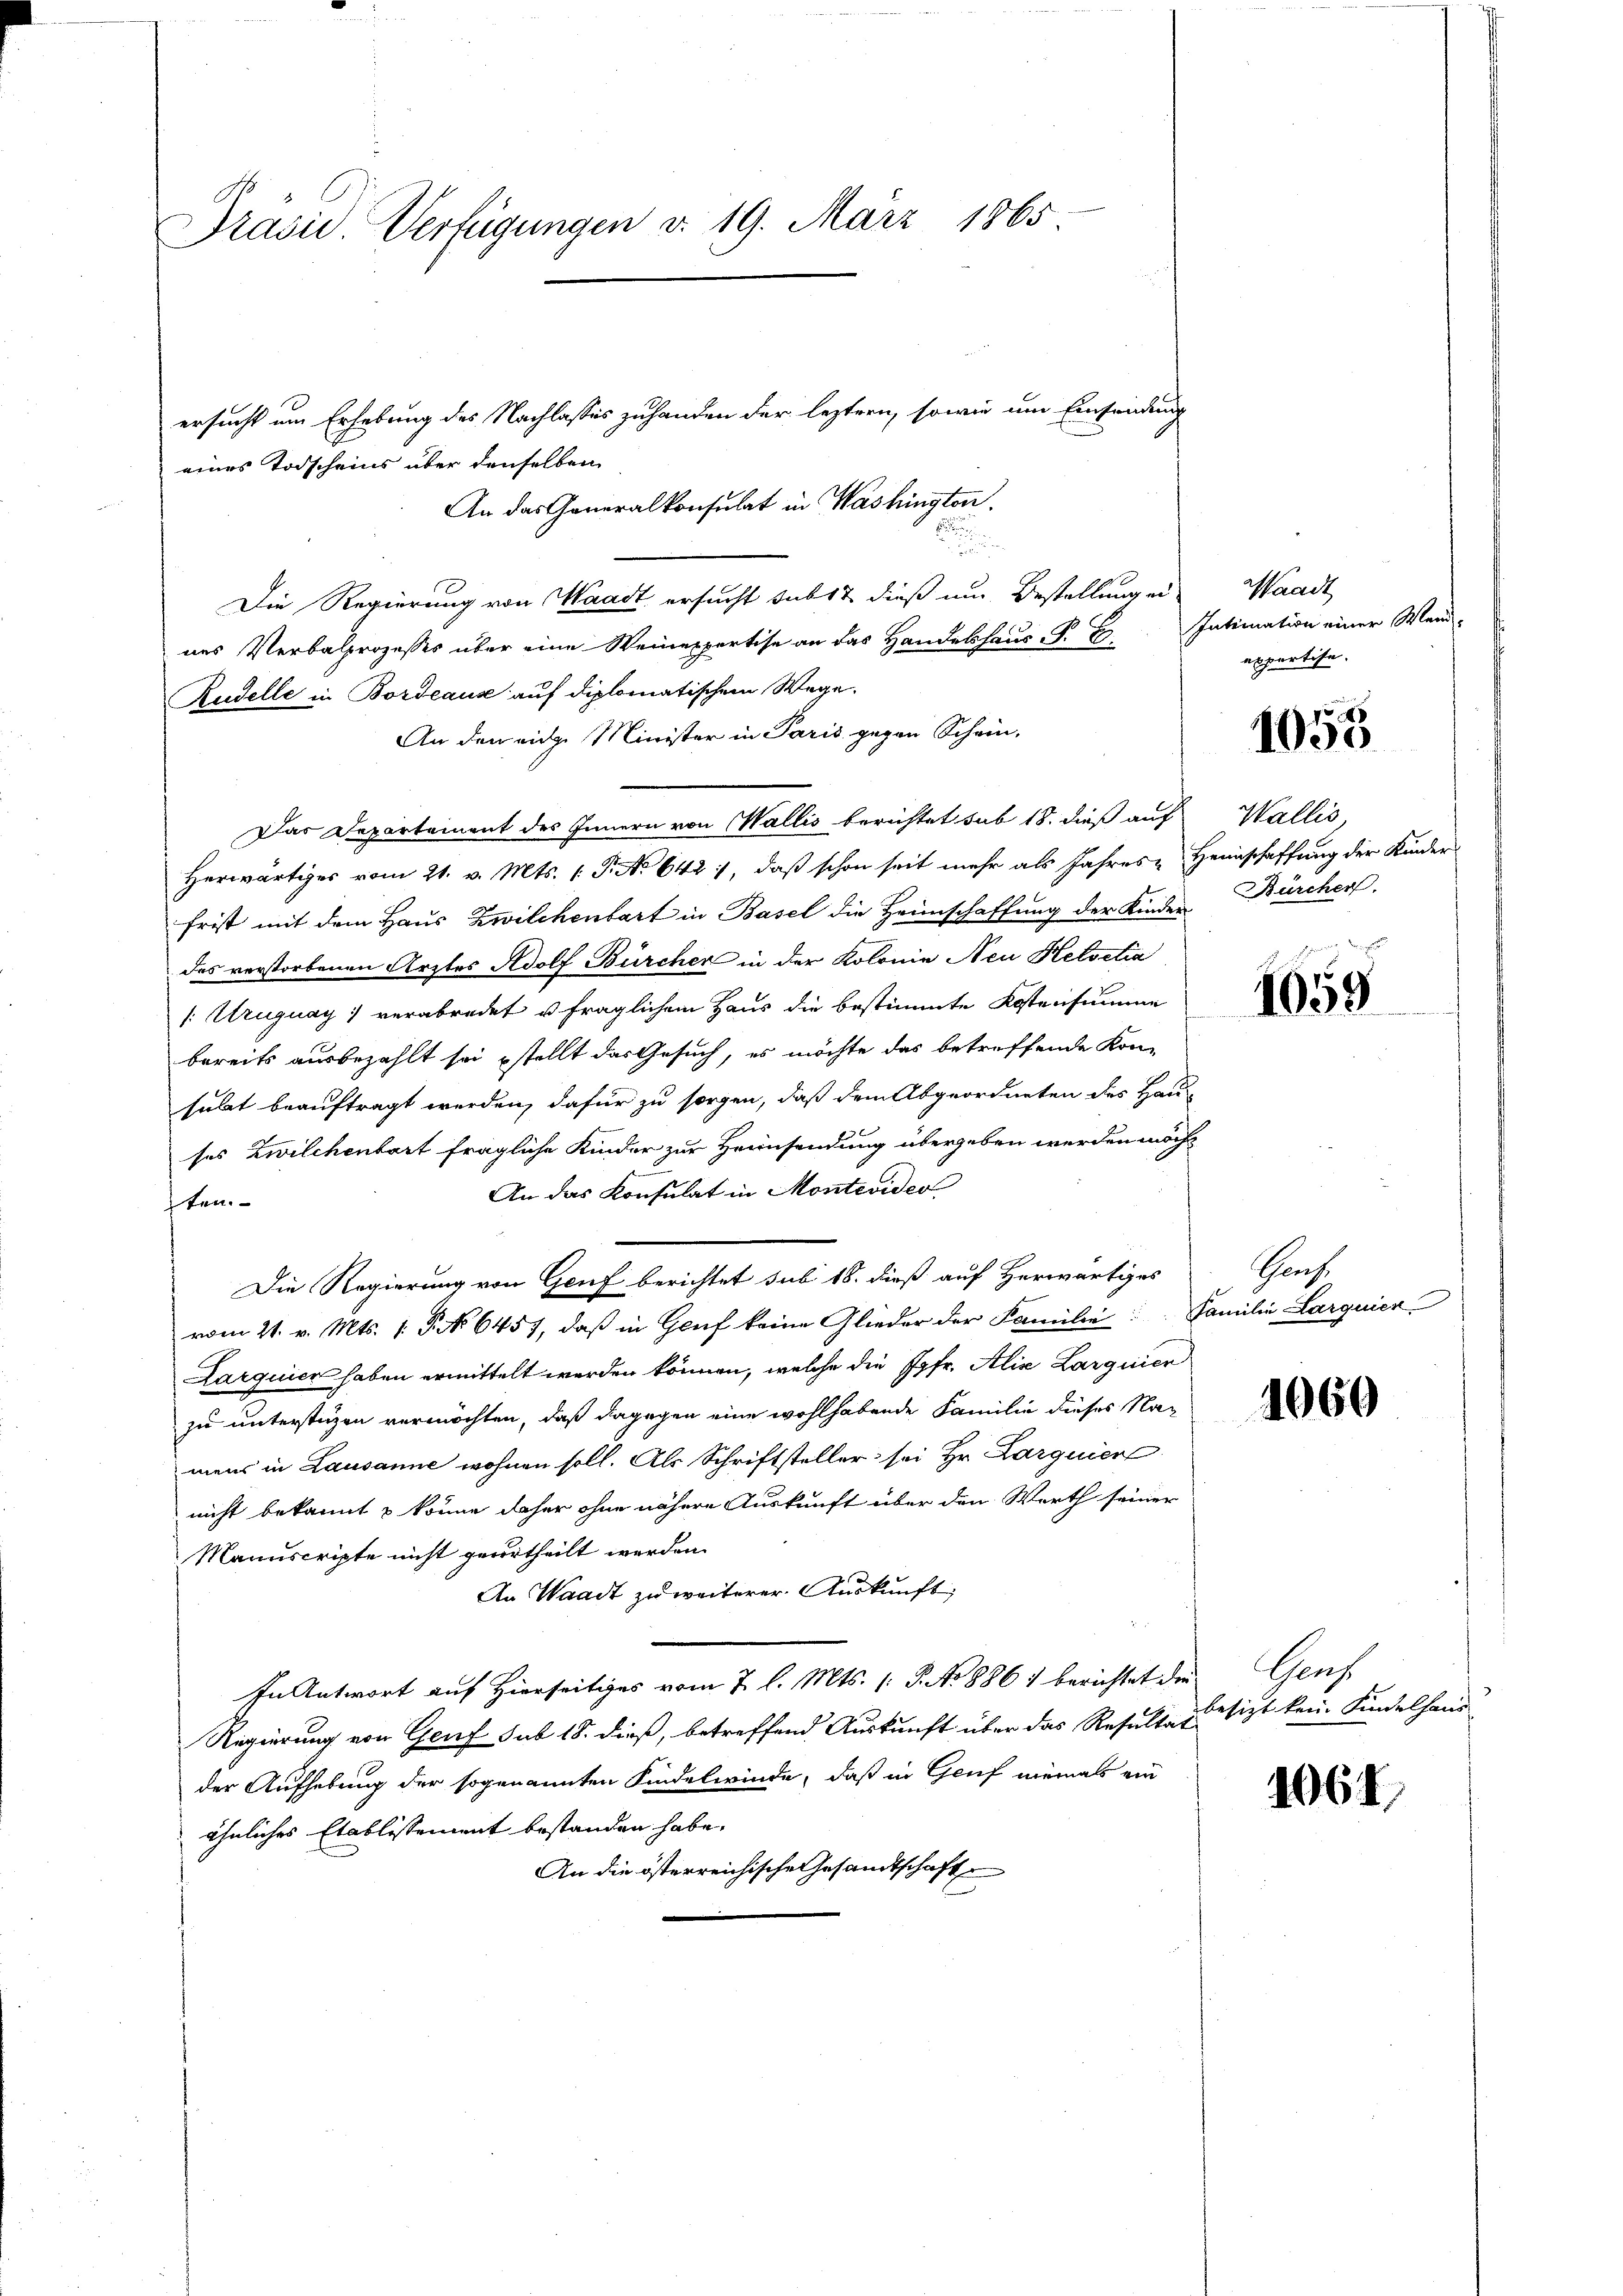
Präsid. Verfügungen d. 19. März 1865

ersucht um Erhebung des Nachlasses zuhanden der leztern, sowie um Einsendung
eines Todscheins über denselben
An das Generalkonsulat in Washington.
.

Die Regierung von Waadt ersucht subst dieß um Bestellung ei
nes Verbalprozesses über eine Weinexpertise an das Handelshaus P. F. Intimation einer Wend-
Rudelle in Bordeaus auf diplomatischem Wege.
An den eige Minister in Paris gegen Schein,
Das Departement des Innern von Wallis berichtet sub 18. dieß auf
Herwärtiges vom 21. v. Mts. (T. No 642 1, daß schon seit mehr als Jahres Heimschaffung der Kinder
frist mit dem Haus Zwilchenbart in Basel die Heimschaffung der Kinder Bürcher.
das verstorbenen Ärztes Adolf Bürcher in der Kolonie Neu Helvetia
/: Uruguay) verabredet u fraglichem Haus die bestimmte Kostensumme
bereits ausbezahlt sei stellt das Gesuch, es möchte das betreffende Kon-
subet beauftragt werden, dafür zu sorgen, daß dem Abgeordneten des Haus
ses Zwilchentort fragliche Kinder zur Heimsendung übergeben werden möcht
An das Konsulat in Montevider
ten.
Die Regierung von Genf berichtet sub 18. dieß auf Herwärtiges
vom 21. v. Mts. 1. No 6457, daß in Genf keine Glieder der Familie Familie Larquier
Darguier haben ermittelt werden können, welche die Jgfr. Alix Larguier
zu unterstüzen vermöchten, daß dagegen eine wohlhabende Familie dieses Namens in Lausanne wohnen soll. Als Schriftsteller sei Hr. Larquier
nicht bekannt & könne daher ohne nähere Auskunft über den Werth seiner
Manuscripte nicht geurtheilt werden.
An Waadt zu weiterer Auskunft,
In Antwort auf Hierseitiges vom 2. l. Mts. 1. J. No 886 berichtet die Genf
Regierung von Genf sub 18. dieß, betreffend Auskunft über das Resultat
der Aufhebung der sogenannten Kindelwinde, daß in Genf niemals ein
ähnliches Etablissement bestanden habe.
An die österreichische Gesandtschaft

Waadt
expertise.

1055

Wallis,

1059.

Schrech

1060

besizt kein Kindelhaus

106.